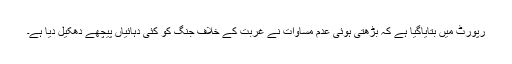
رپورٹ میں بتایاگیا ہے کہ بڑھتی ہوئی عدم مساوات نے غربت کے خلاف جنگ کو کئی دہائیاں پیچھے دھکیل دیا ہے۔